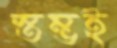
স্তম্ভই